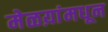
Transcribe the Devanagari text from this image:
मेळय़ांमधून